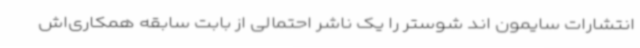
انتشارات سایمون اند شوستر را یک ناشر احتمالی از بابت سابقه همکاری‌اش